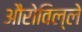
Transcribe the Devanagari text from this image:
औरोविल्ले